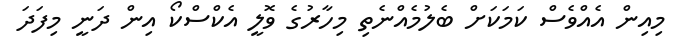
މިއިން އެއްވެސް ކަމަކަށް ބެލުމެއްނެތި މިހާރުގެ ވޮލީ އެކްސްކޯ އިން ދަނީ މިފަދަ